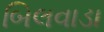
બિલવાડા